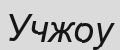
Учжоу